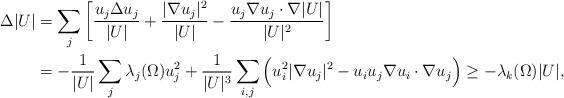
LaTeX: \begin{align*}\Delta |U|&=\sum_j \left[\frac{u_j\Delta u_j}{|U|}+\frac{|\nabla u_j|^2}{|U|}-\frac{u_j\nabla u_j\cdot\nabla|U|}{|U|^2}\right]\\& =-\frac{1}{|U|}\sum_j\lambda_j(\Omega) u_j^2+\frac1{|U|^3}\sum_{i,j} \Big(u_i^2 |\nabla u_j|^2-u_iu_j\nabla u_i\cdot\nabla u_j\Big)\ge -\lambda_k(\Omega)|U|,\end{align*}